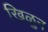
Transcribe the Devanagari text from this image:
खिळुन